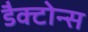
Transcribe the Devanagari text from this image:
डैक्टोन्स